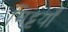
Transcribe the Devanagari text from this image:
मिट्टयाँ